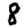
Digit: 8